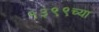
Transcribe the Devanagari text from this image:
१३९९च्या